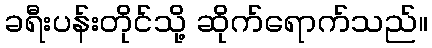
ခရီးပန်းတိုင်သို့ ဆိုက်ရောက်သည်။